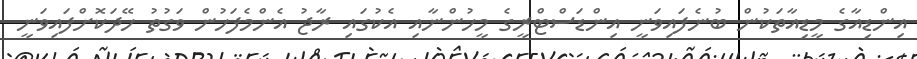
އިންޑިއާގެ މީޑިއާތަކުން ބުނެފައިވަނީ އިންޑަސްޓްރީގެ މީހުންނާއި އެކުގައި ރާޖު އެންމެފަހުން ވަގުތު ހޭދަކޮށްފައިވަނީ